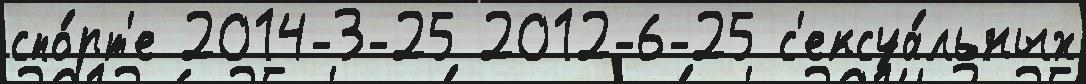
спо́рт'е 2014-3-25 2012-6-25 с'ексуа́льных